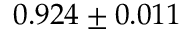
0 . 9 2 4 \pm 0 . 0 1 1